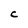
Character: C